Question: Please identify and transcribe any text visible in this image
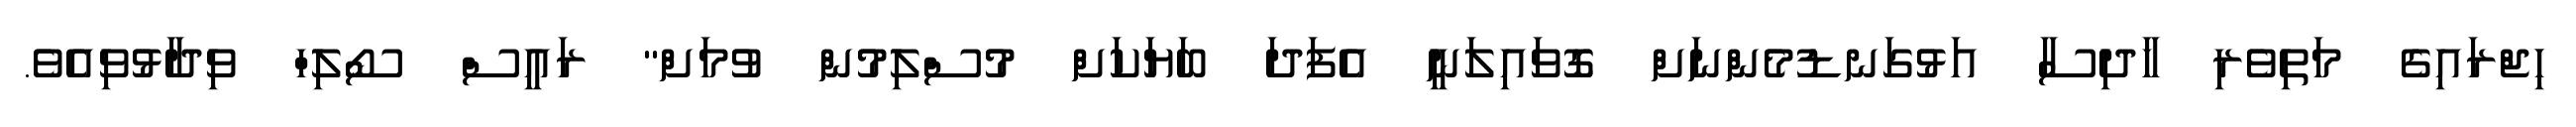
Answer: ހިޖްރައިގެ މަތިވެރި ހާދިސާ އަޅުގަނޑުމެންނަށް ގޮވައިލަނީ އެފަދަ ބަޔަކަށް މުސްލިމުން ވުމަށް" ރައީސް ސޯލިހް ވިދާޅުވިއެވެ.